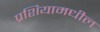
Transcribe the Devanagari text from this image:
प्रशियामधील